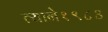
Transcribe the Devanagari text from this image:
त्याने१९८३